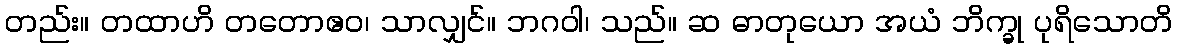
တည်း။ တထာဟိ တတောဧဝ၊ သာလျှင်။ ဘဂဝါ၊ သည်။ ဆ ဓာတုယော အယံ ဘိက္ခု ပုရိသောတိ